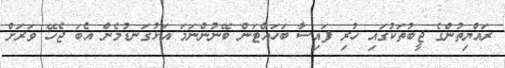
ރައްޔިތުންގެ ޖީބުތަކުގައި ހުރި ފައިސާ ބަހައްޓަން ބޭނުންނަމަ އަޅުގަނޑުމެން އެބަ ޖެހޭ ވަރަށް